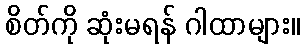
စိတ်ကို ဆုံးမရန် ဂါထာများ။